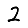
Digit: 2